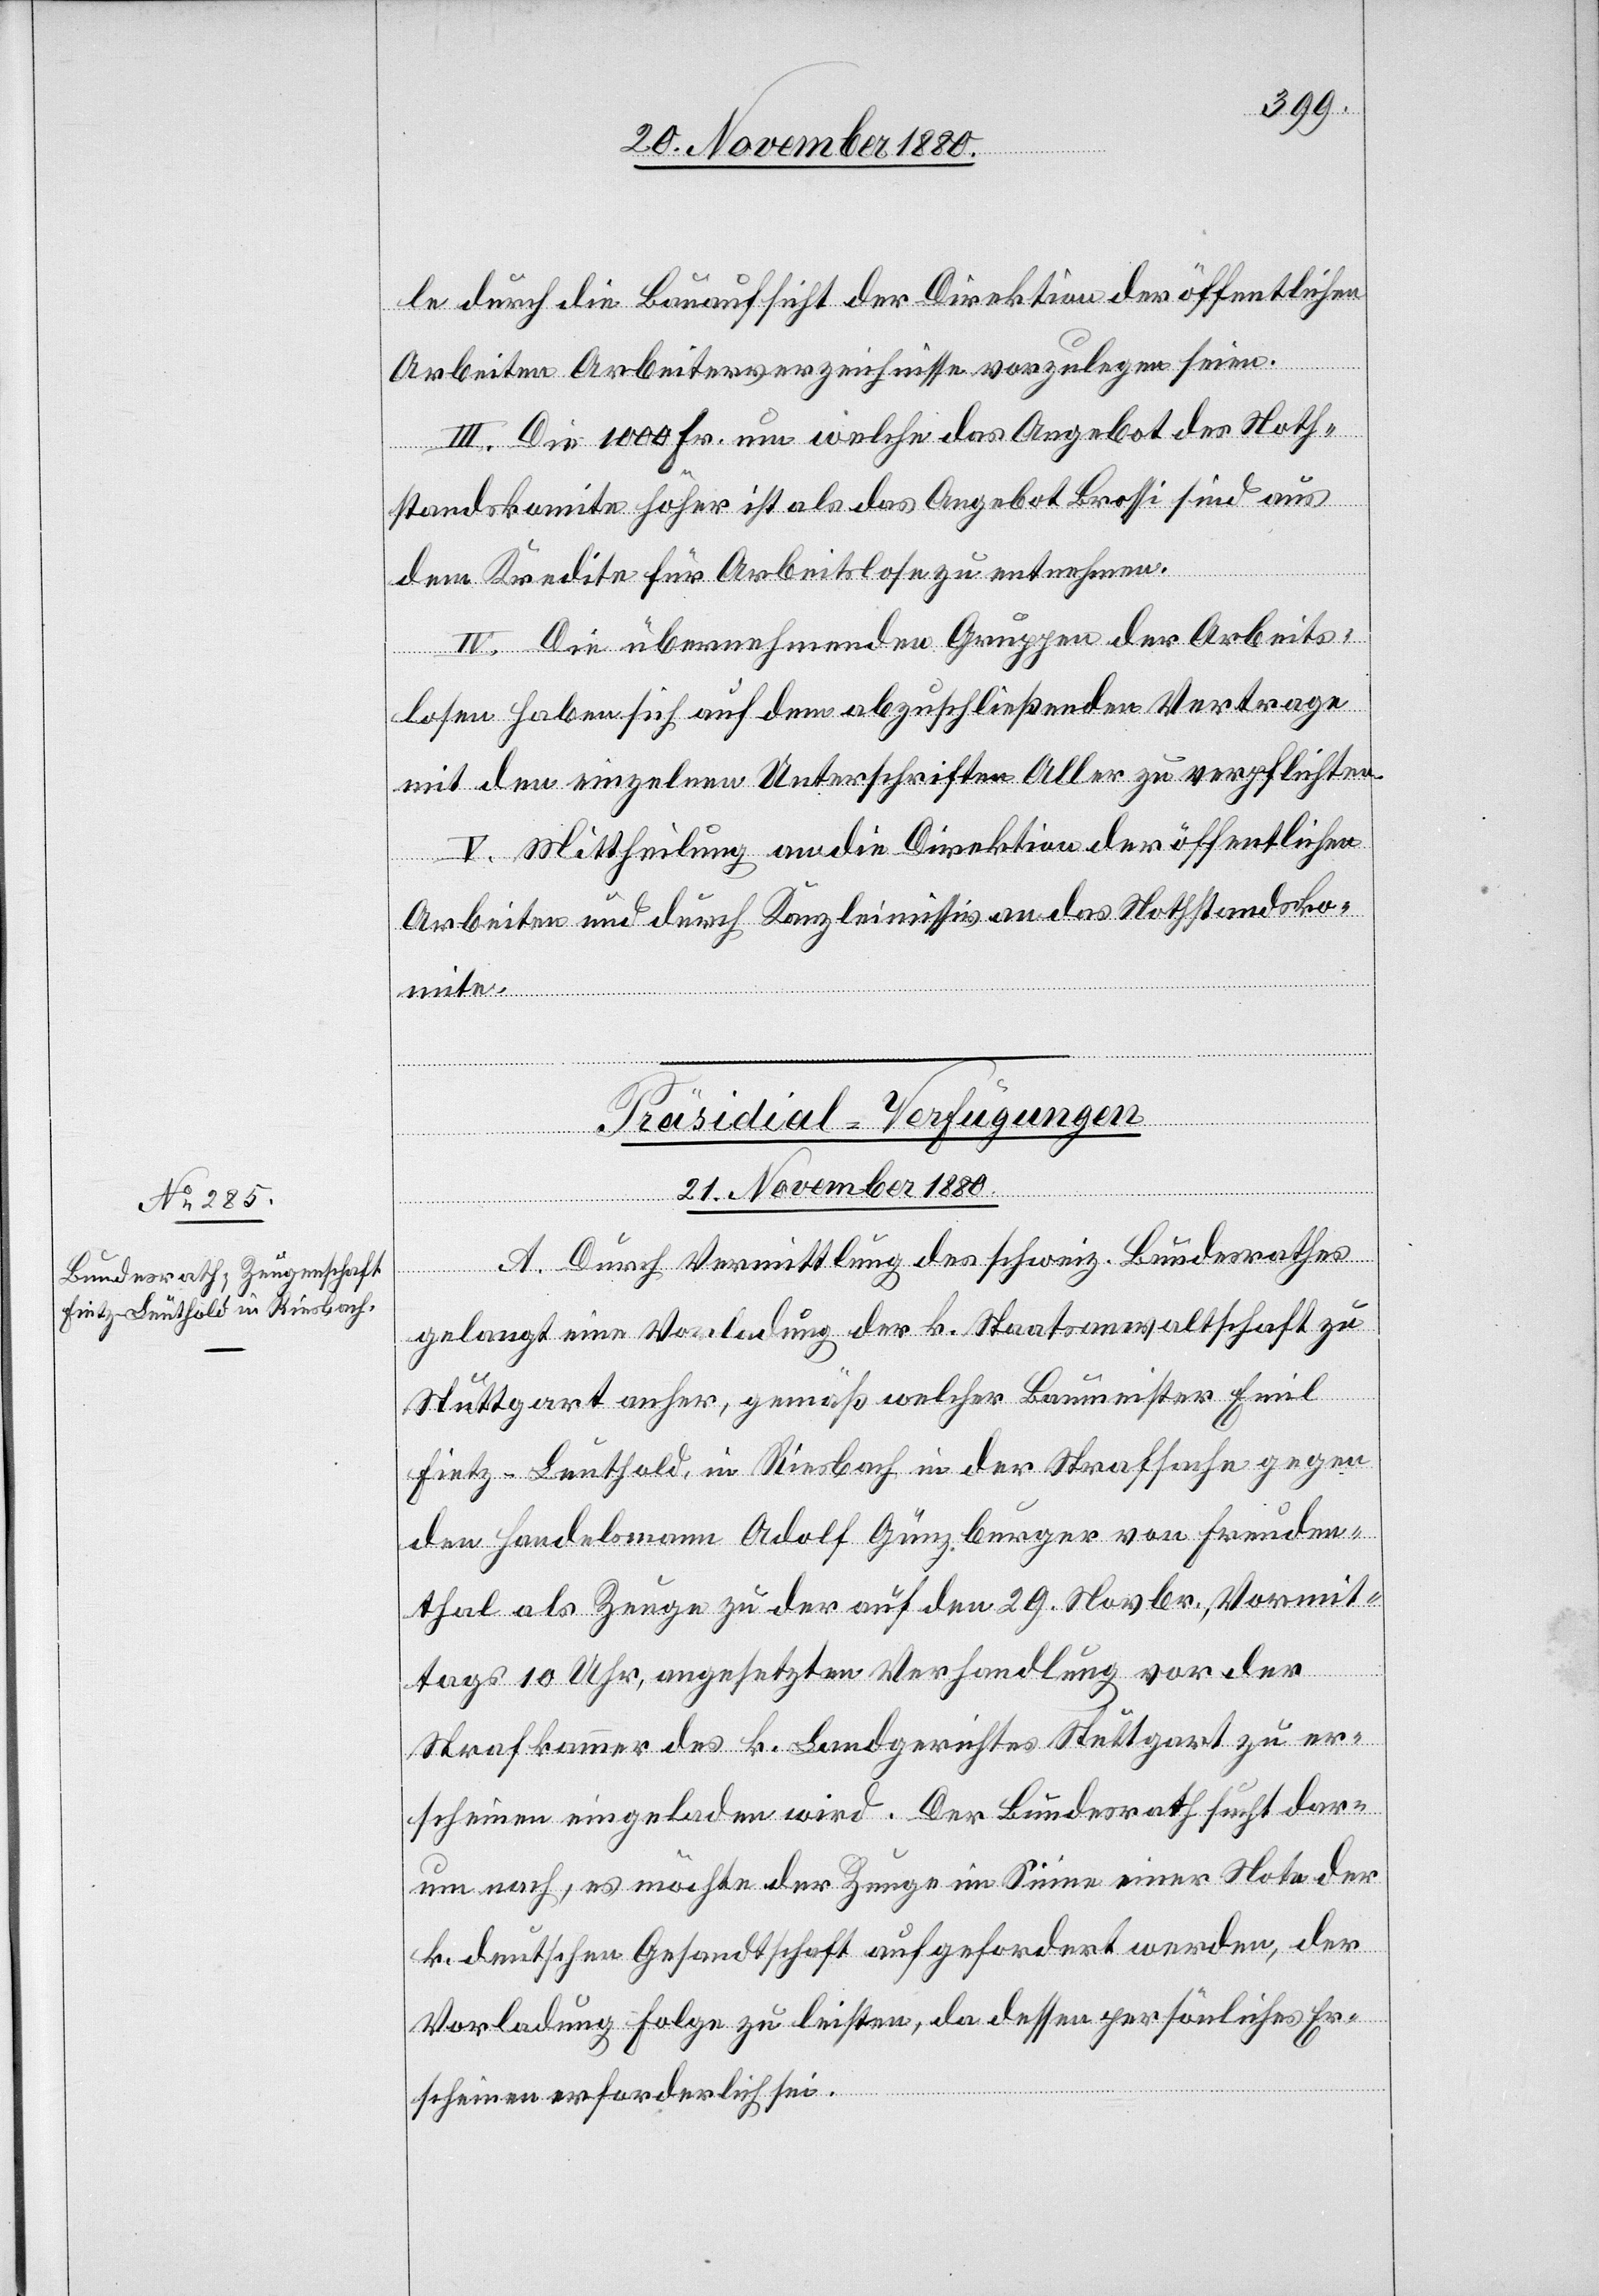
le durch die Bauaufsicht der Direktion der öffentlichen
Arbeiten Arbeiterverzeichnisse vorzulegen seien.
III. Die 1000 Fr. um welche das Angebot des Noth¬
standkomite höher ist als das Angebot Brossi sind aus
dem Kredite für Arbeitslose zu entnehmen.
IV. Die übernehmenden Gruppen der Arbeits¬
losen haben sich auf dem abzuschließenden Vertrage
mit den einzelnen Unterschriften Aller zu verpflichten.
V. Mittheilung an die Direktion der öffentlichen
Arbeit nun durch Kanzleimissiv an das Nothstandsko¬
Durch
athes
Präsidial-Verfügungen
Bund¬
21. November 1880.
A.
gelangt eine Vorladung der k. Staatsanwaltschaft zu
Stuttgart anher, gemäß welcher Baumeister Emil
Fietz-Leuthold, in Riesbach in der Strafsache gegen
den Handelsmann Adolf Günzburger von Freuden¬
thal als Zeuge zu der auf den 29. Novbr., Vormit¬
esr¬
tags 10 Uhr, angesetzten Verhandlung vor der
Strafkammer des k. Landgerichtes Stuttgart zu er¬
scheinen eingeladen wird. Der Bundesrath sucht dar¬
um nach, es möchte der Zeuge im Sinne einer Note der
k. deutschen Gesandtschaft aufgefordert werden, der
Vorladung Folge zu leisten, da dessen persönliches Er¬
scheinen erforderlich sei.